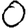
Digit: 0